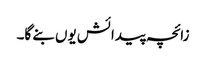
زائچہ پیدائش یوں بنے گا۔